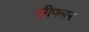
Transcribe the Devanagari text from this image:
लीफ्लर